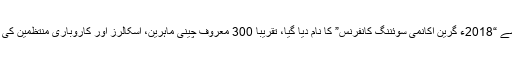
اس اجلاس نے، جسے “2018ء گرین اکانمی سوئننگ کانفرنس” کا نام دیا گیا، تقریباً 300 معروف چینی ماہرین، اسکالرز اور کاروباری منتظمین کی توجہ مبذول کرائی۔